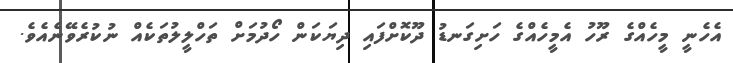
އެހެނީ މީހެއްގެ ރޫހު އެމީހެއްގެ ހަށިގަނޑު ދޫކޮށްފައި ދިޔަކަން ހޯދުމަށް ތަހްލީލުތަކެއް ނުކުރެވޭނެއެވެ.